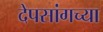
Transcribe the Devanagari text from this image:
देपसांगच्या